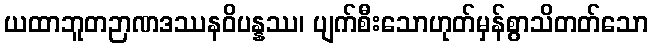
ယထာဘူတဉာဏဒဿနဝိပန္နဿ၊ ပျက်စီးသောဟုတ်မှန်စွာသိတတ်သော